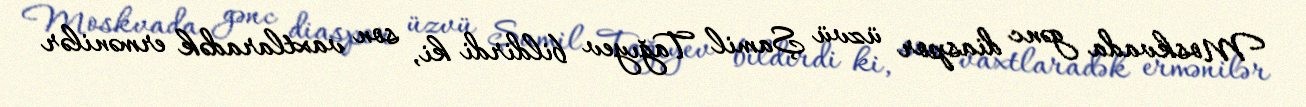
Moskvada gənc diaspor üzvü Şamil Tağıyev bildirdi ki, son vaxtlaradək ermənilər